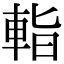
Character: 𨌁